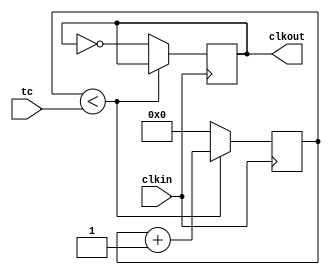
module clk_div (clkin, tc, clkout);
	input clkin;
	input [21:0] tc;
	output clkout;
	
	reg [21:0] count;
	reg clkout;
	
	initial clkout = 0;
	initial count = 22'b0;
	
	always @ (posedge clkin) begin
		if(count<tc)begin
			count <= count+1;
		end		
		else begin
			clkout = ~clkout;
			count <= 0;
		end
	end

endmodule